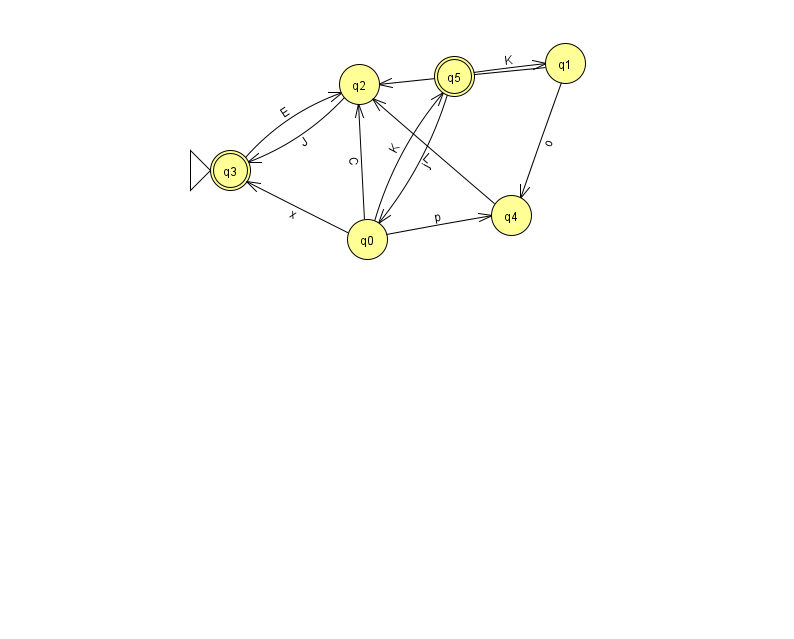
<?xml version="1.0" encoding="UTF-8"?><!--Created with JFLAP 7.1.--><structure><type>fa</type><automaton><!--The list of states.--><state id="0" name="q0"><x>367.0</x><y>226.0</y></state><state id="1" name="q1"><x>565.0</x><y>50.0</y></state><state id="2" name="q2"><x>359.0</x><y>71.0</y></state><state id="3" name="q3"><x>230.0</x><y>157.0</y><initial/><final/></state><state id="4" name="q4"><x>511.0</x><y>202.0</y></state><state id="5" name="q5"><x>454.0</x><y>63.0</y><final/></state><!--The list of transitions.--><transition><from>0</from><to>3</to><read>x</read></transition><transition><from>3</from><to>2</to><read>E</read></transition><transition><from>5</from><to>1</to><read>K</read></transition><transition><from>1</from><to>2</to><read>Z</read></transition><transition><from>4</from><to>2</to><read>L</read></transition><transition><from>1</from><to>4</to><read>o</read></transition><transition><from>0</from><to>4</to><read>p</read></transition><transition><from>2</from><to>3</to><read>J</read></transition><transition><from>0</from><to>2</to><read>C</read></transition><transition><from>5</from><to>0</to><read>j</read></transition><transition><from>0</from><to>5</to><read>K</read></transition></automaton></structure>